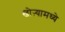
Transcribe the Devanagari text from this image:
खोऱ्यामध्ये